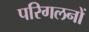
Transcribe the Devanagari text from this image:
परिगलनों